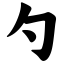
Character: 勺